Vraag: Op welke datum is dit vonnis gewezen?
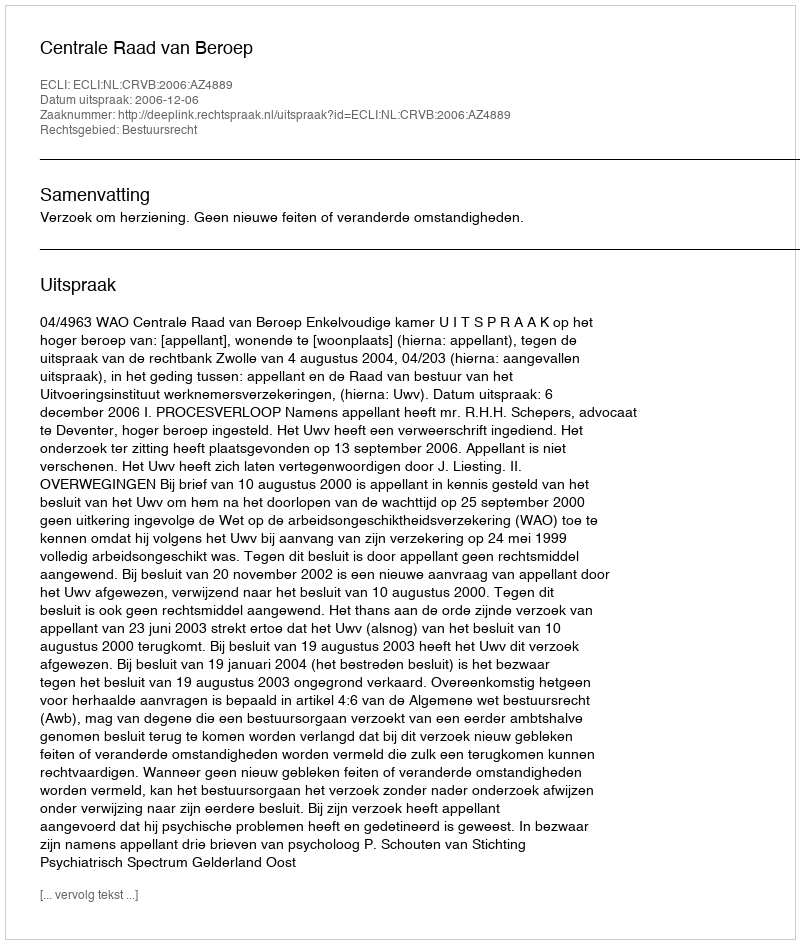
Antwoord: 2006-12-06